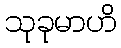
သုခုမာဟိ